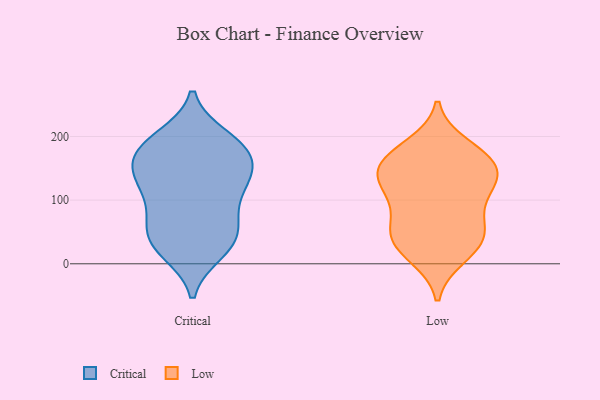
{"axis": {"x": "Backlog", "y": "Value"}, "legend": ["Critical", "Low"], "data": [{"x": "", "y": 177, "type": "Critical"}, {"x": "", "y": 149, "type": "Critical"}, {"x": "", "y": 100, "type": "Critical"}, {"x": "", "y": 132, "type": "Critical"}, {"x": "", "y": 19, "type": "Critical"}, {"x": "", "y": 31, "type": "Critical"}, {"x": "", "y": 42, "type": "Critical"}, {"x": "", "y": 167, "type": "Critical"}, {"x": "", "y": 134, "type": "Critical"}, {"x": "", "y": 195, "type": "Critical"}, {"x": "", "y": 24, "type": "Critical"}, {"x": "", "y": 131, "type": "Critical"}, {"x": "", "y": 198, "type": "Critical"}, {"x": "", "y": 72, "type": "Critical"}, {"x": "", "y": 70, "type": "Critical"}, {"x": "", "y": 180, "type": "Critical"}, {"x": "", "y": 179, "type": "Critical"}, {"x": "", "y": 122, "type": "Critical"}, {"x": "", "y": 50, "type": "Critical"}, {"x": "", "y": 11, "type": "Low"}, {"x": "", "y": 132, "type": "Low"}, {"x": "", "y": 154, "type": "Low"}, {"x": "", "y": 114, "type": "Low"}, {"x": "", "y": 108, "type": "Low"}, {"x": "", "y": 104, "type": "Low"}, {"x": "", "y": 55, "type": "Low"}, {"x": "", "y": 61, "type": "Low"}, {"x": "", "y": 151, "type": "Low"}, {"x": "", "y": 134, "type": "Low"}, {"x": "", "y": 17, "type": "Low"}, {"x": "", "y": 39, "type": "Low"}, {"x": "", "y": 36, "type": "Low"}, {"x": "", "y": 156, "type": "Low"}, {"x": "", "y": 161, "type": "Low"}, {"x": "", "y": 55, "type": "Low"}, {"x": "", "y": 179, "type": "Low"}, {"x": "", "y": 186, "type": "Low"}]}